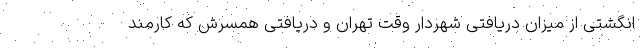
انگشتی از میزان دریافتی شهردار وقت تهران و دریافتی همسرش که کارمند